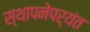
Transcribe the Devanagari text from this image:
स्थापनेपर्यंत